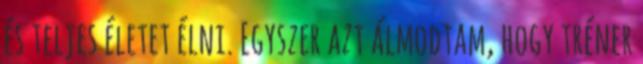
és teljes életet élni. Egyszer azt álmodtam, hogy tréner